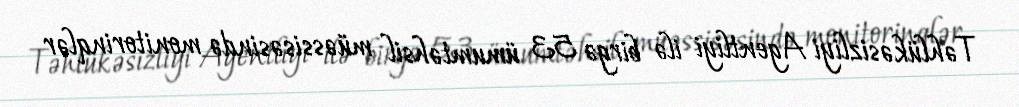
Təhlükəsizliyi Agentliyi ilə birgə 53 ümumtəhsil müəssisəsində monitorinqlər